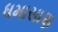
ધમાસાણ